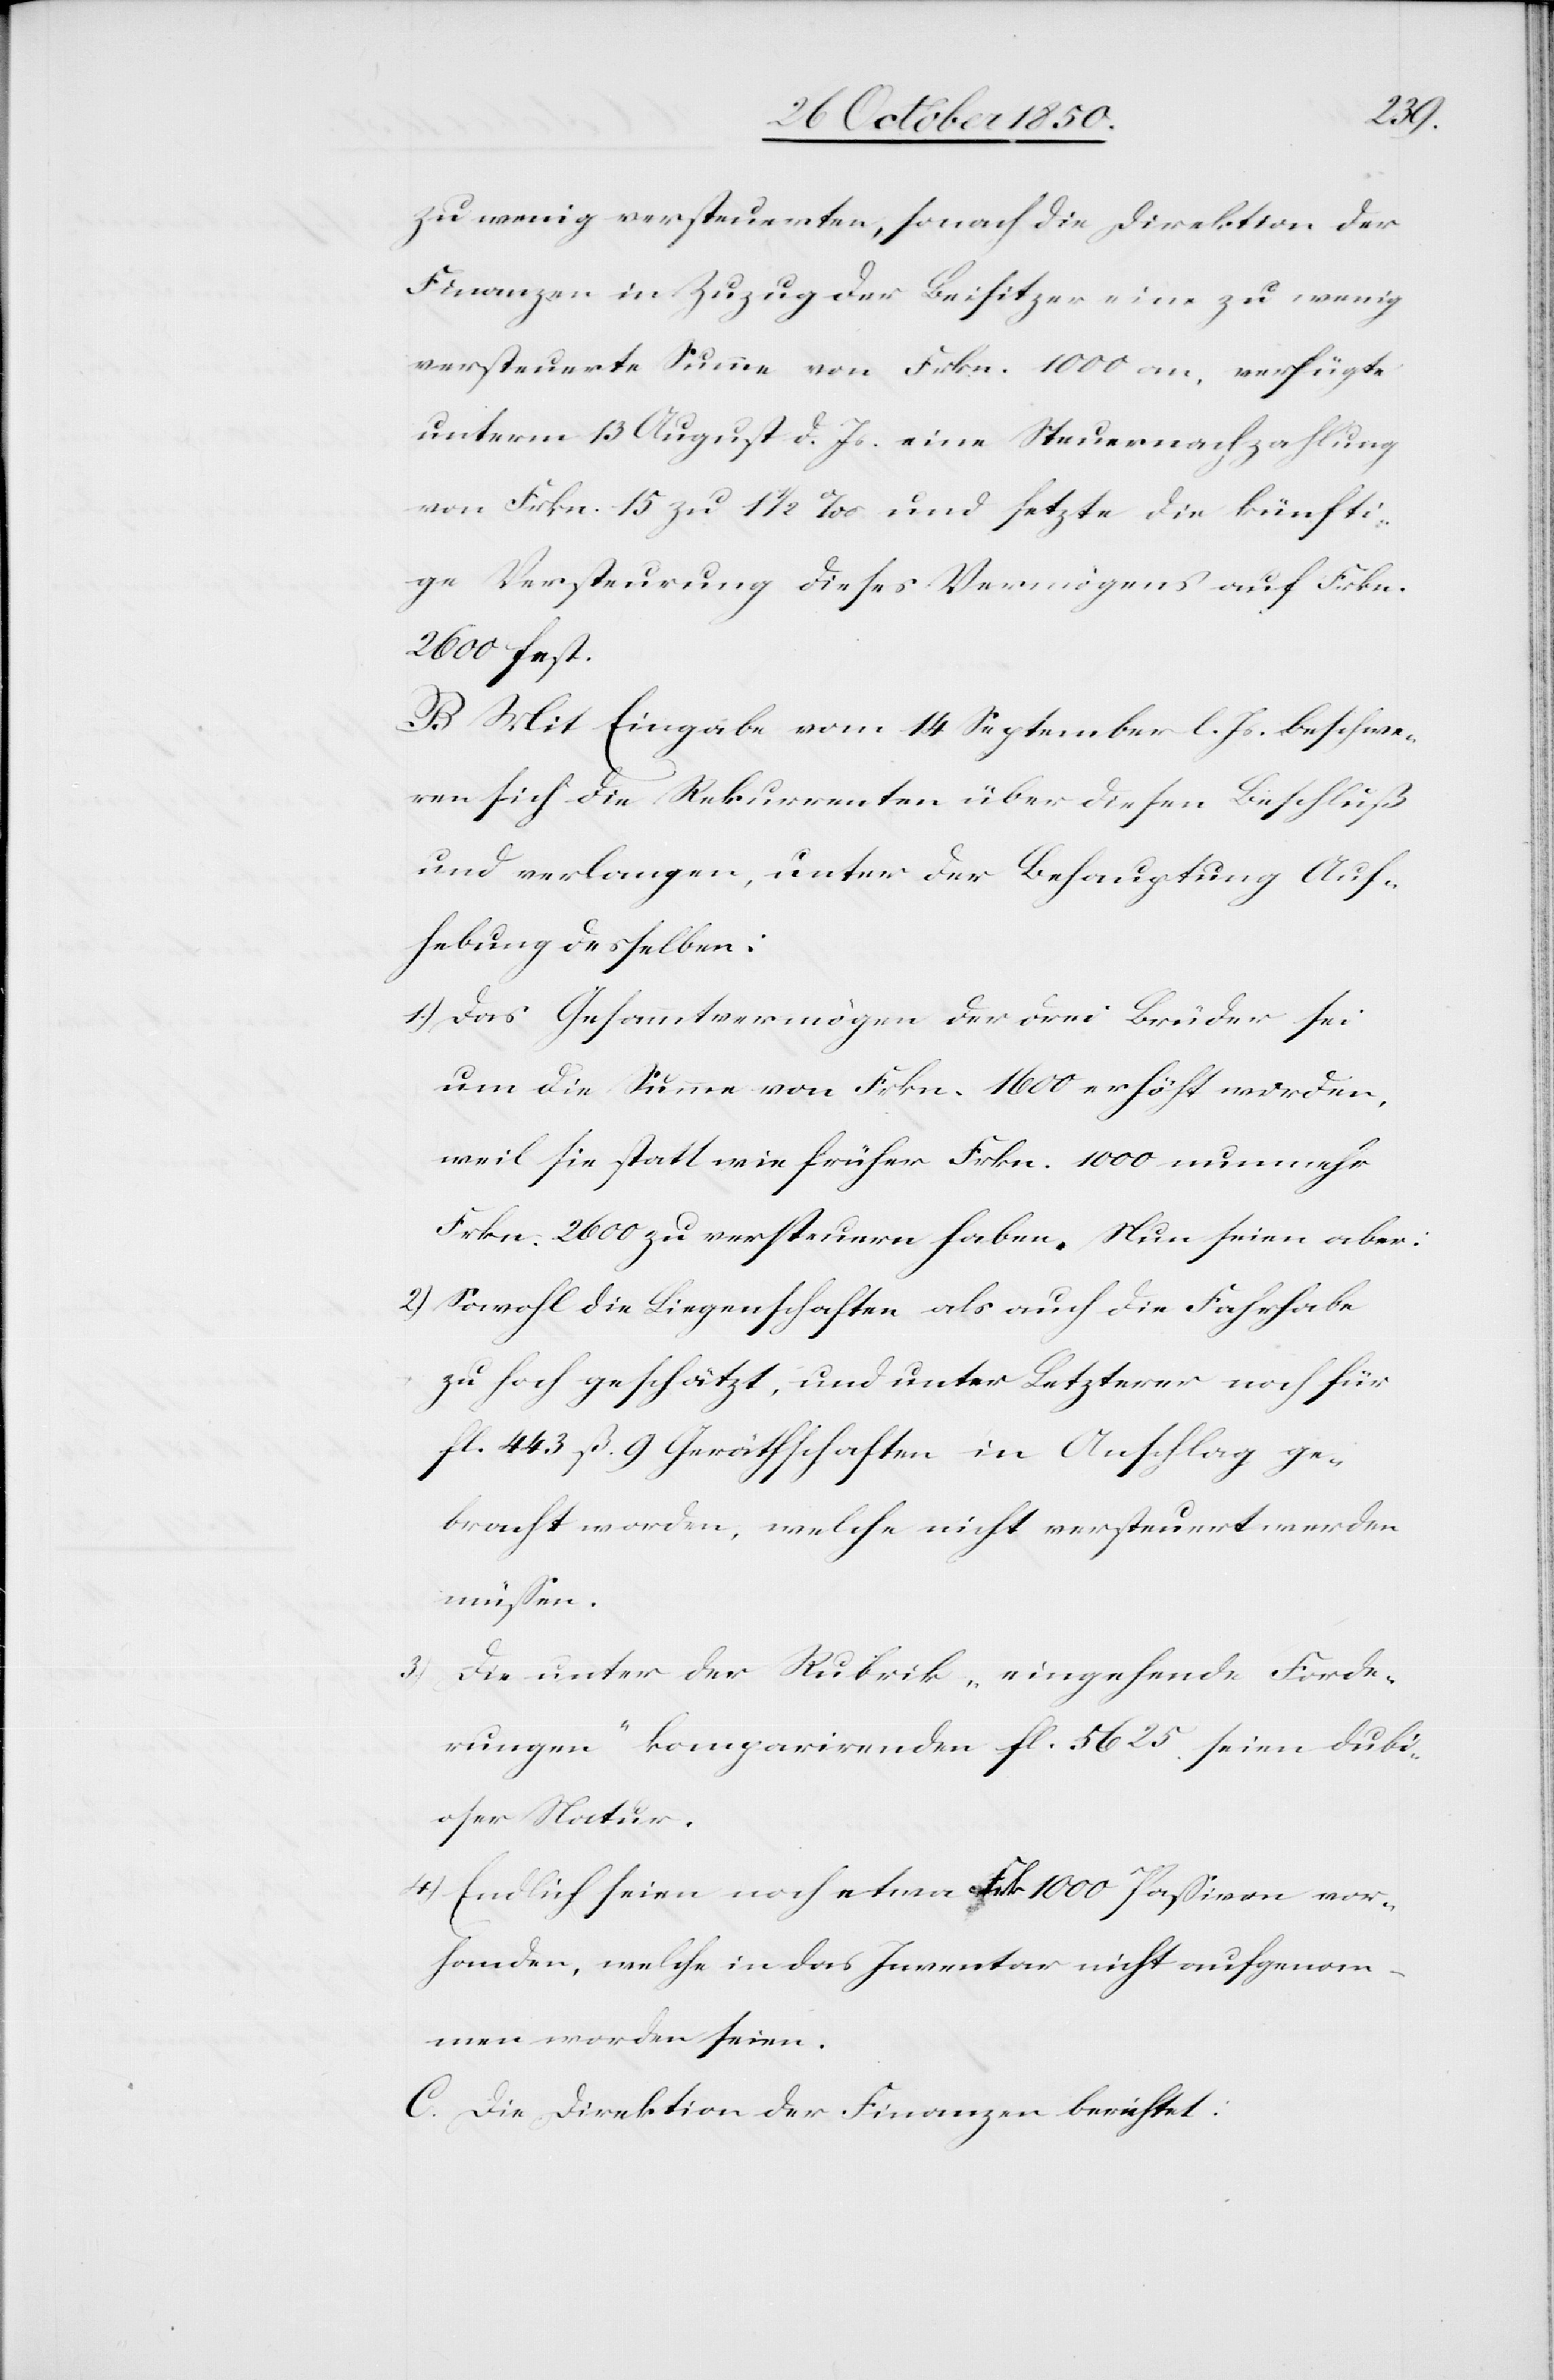
zu wenig versteuerten, sonach die Direktion der
Finanzen in Zuzug der Beisitzer eine zu wenig
versteuerte Summe von Frkn. 1000 an [sic!], verfügte
unterm 13 August d. Js. eine Steuernachzahlung
von Frkn. 15 zu 1 1/2 ‰ und setzte die künfti¬
ge Versteurung dieses Vermögens auf Frkn.
2600 fest.
B. Mit Eingabe vom 14 September l. Js. beschwe¬
ren sich die Rekurrenten über diesen Beschluß
und verlangen, unter der Behauptung Auf¬
hebung desselben:
1.) Das Gesammtvermögen der drei Brüder sei
um die Summe von Frkn. 1600 erhöht worden,
weil sie statt wie früher Frkn. 1000 nunmehr
Frkn. 2600 zu versteuern haben. Nun seien aber:
2) Sowohl die Liegenschaften als auch die Fahrhabe
zu hoch geschätzt, und unter Letzterer noch für
fl 433 ß. 9 Geräthschaften in Anschlag ge¬
bracht worden, welche nicht versteuert werden
müssen.
3)
Die unter der Rubrik „eingehende Forde¬
rungen“ komparirenden fl. 5625. seien dubi¬
oser Natur.
4) Endlich seien noch etwa Frk 100 Passiven vor¬
handen, welche in das Inventar nicht aufgenom¬
men worden seien.
C. Die Direktion der Finanzen berichtet: